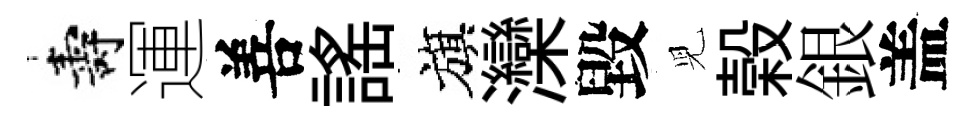
壽運善謡旗灤毀児榖銀盖